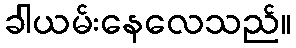
ခါယမ်းနေလေသည်။